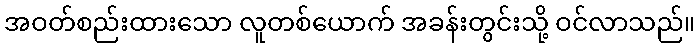
အဝတ်စည်းထားသော လူတစ်ယောက် အခန်းတွင်းသို့ ဝင်လာသည်။